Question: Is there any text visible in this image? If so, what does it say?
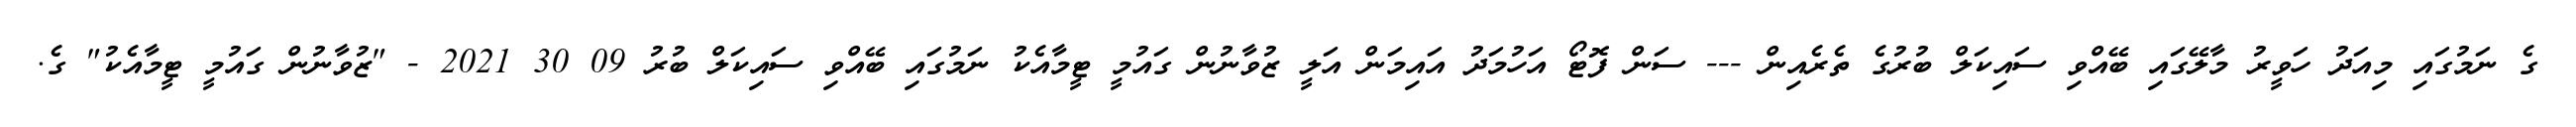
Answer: ގެ ނަމުގައި މިއަދު ހަވީރު މާލޭގައި ބޭއްވި ސައިކަލް ބުރުގެ ތެރެއިން --- ސަން ފޮޓޯ އަހުމަދު އައިމަން އަލީ ޒުވާނުން ގައުމީ ޓީމާއެކު ނަމުގައި ބޭއްވި ސައިކަލް ބުރު 09 30 2021 - "ޒުވާނުން ގައުމީ ޓީމާއެކު" ގެ.